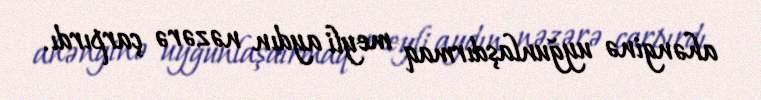
ahənginə uyğunlaşdırmaq meyli aydın nəzərə çarpırdı.